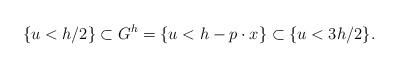
LaTeX: \begin{align*} \{u < h/2\} \subset G^h = \{u < h - p \cdot x \} \subset \{u < 3h/2\}. \end{align*}